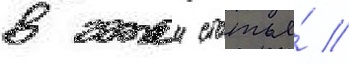
в этои статье́ //